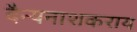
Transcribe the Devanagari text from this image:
दैन्यनाशकराय